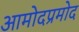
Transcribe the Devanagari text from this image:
आमोदप्रमोद